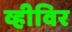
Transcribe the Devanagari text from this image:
व्हीविर